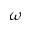
\omega